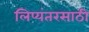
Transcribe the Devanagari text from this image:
लिप्यंतरसाठी